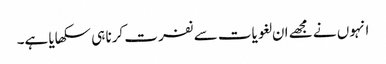
انہوں نے مجھے ان لغویات سے نفرت کرنا ہی سکھایا ہے۔